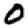
Digit: 0